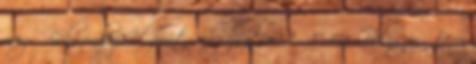
meg. Bábszínház Időpont: augusztus 9., 10 óra Helyszín: Bajor